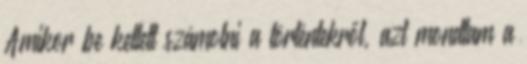
Amikor be kellett számolni a történtekről, azt mondtam a